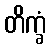
တိက္ခံ